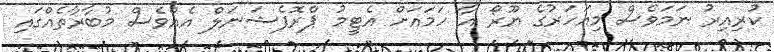
ކުރިއިރު ނަމަވެސް މިއަހަރުގެ ޔޫރޯ އާ ހަމައަށް އެޓީމު ޕްރޮފެޝަނަލް އެއްވެސް މުބާރާތެއްގައި